Vaccination in the Punjab 1883-1896 - 1883-1896
Year: 1883
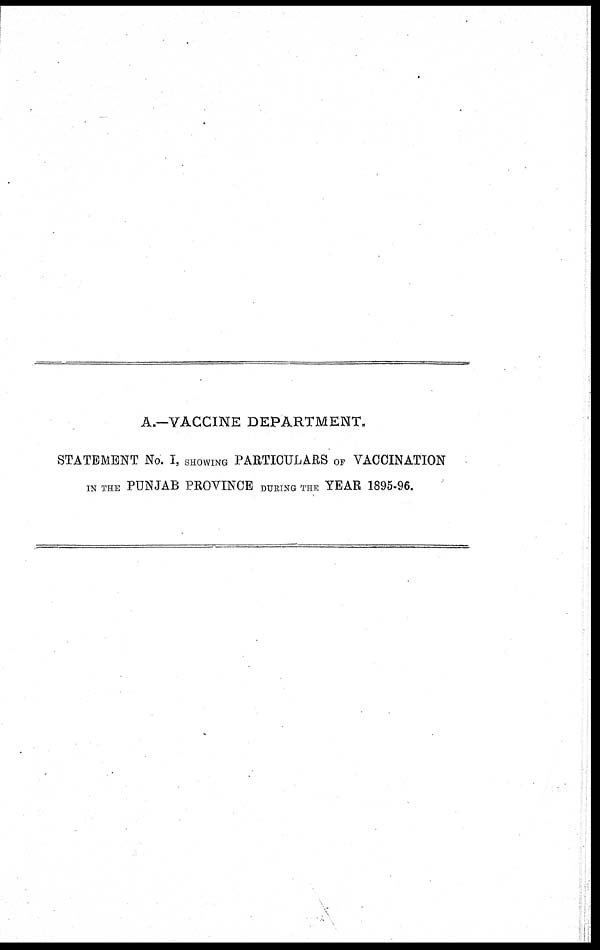
A.—VACCINE DEPARTMENT.
STATEMENT No. I, SHOWING PARTICULARS OF VACCINATION
IN THE PUNJAB PROVINCE DURING THE YEAR 1895-96.